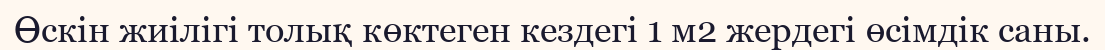
Өскін жиілігі толық көктеген кездегі 1 м2 жердегі өсімдік саны.